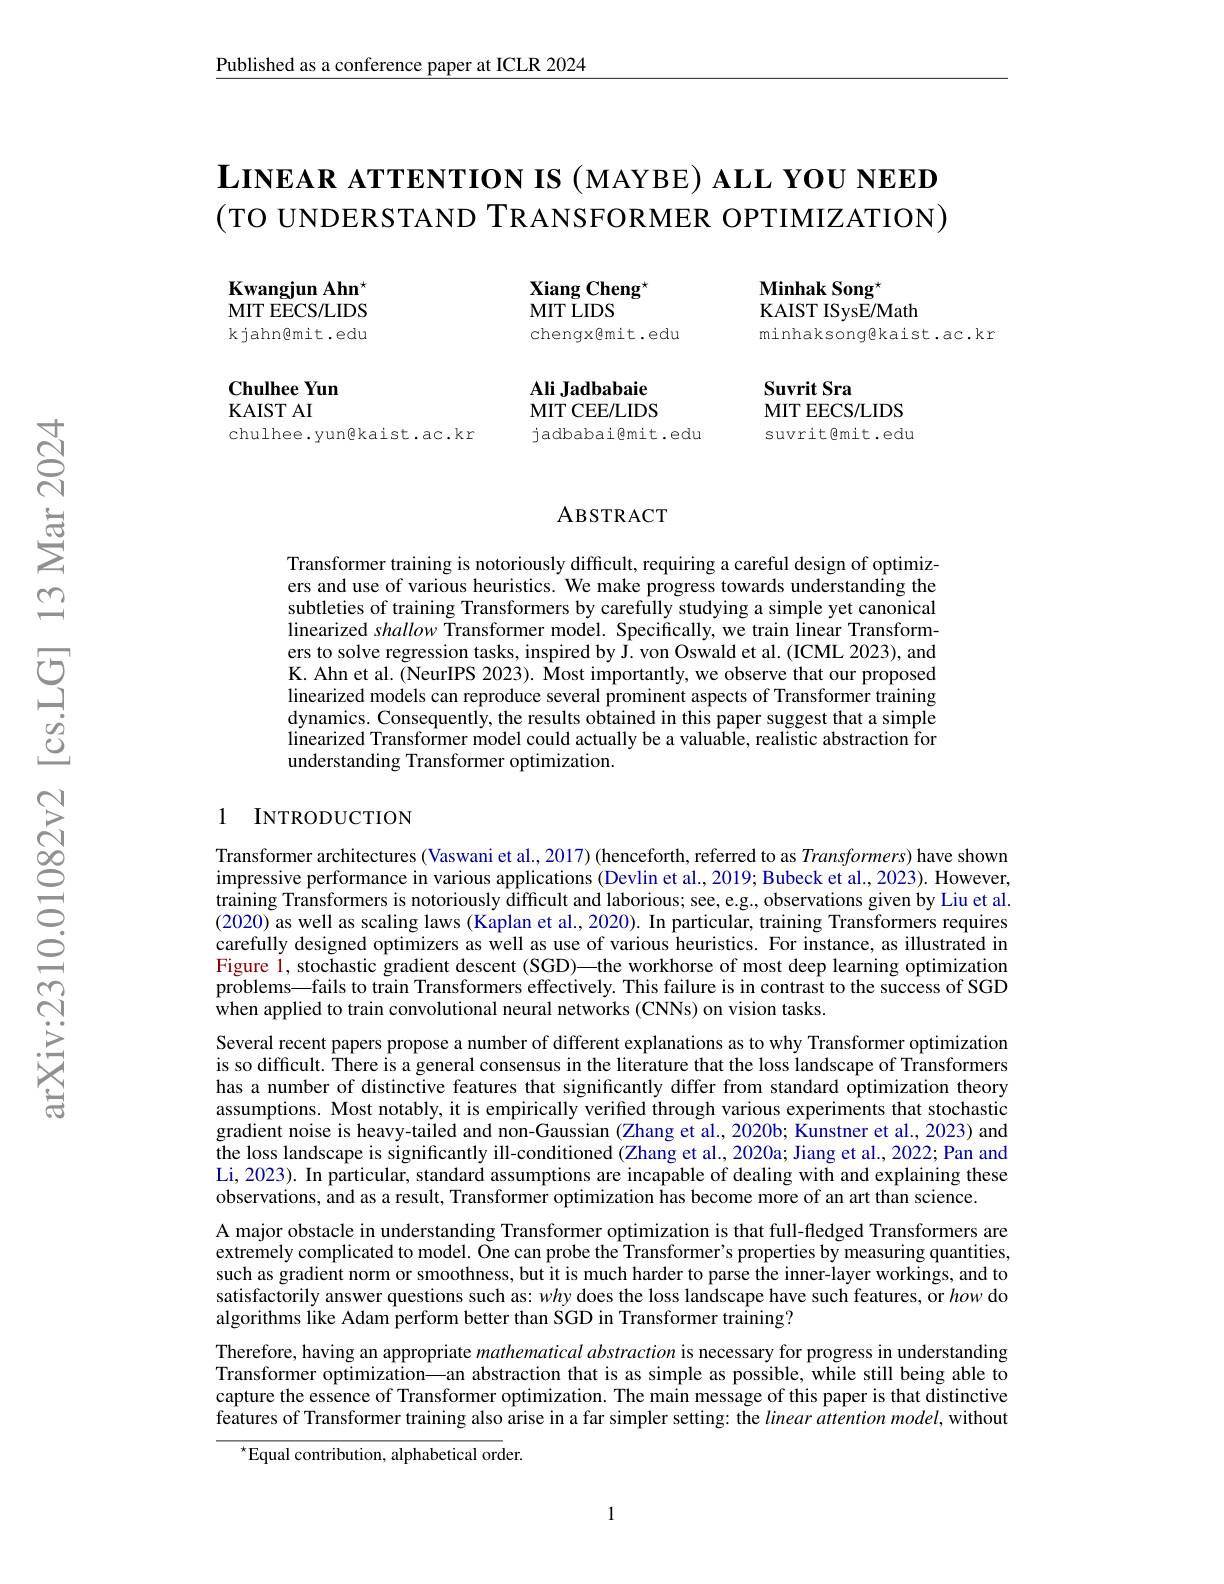
$\underline{\text{Published as a conference paper at ICLR 2024}}$

# $\textbf{LINEAR ATTENTION IS ( MAYBE) ALL YOU NEED}$ (TO UNDERSTAND TRANSFORMER OPTIMIZATION)

Xiang Cheng$^{\star}$

MIT LIDS

Kwangjun Ahn$^{\star}$ MITEECS/ LIDS kjahn@mit.edu

Minhak Song$^{\star}$
KAIST ISysE/Math
minhaksongekaist.ac.kr

chengx@mit.edu

Ali Jadbabaie

Suvrit Sra
MIT EECS/LIDS suvrit@mit.edu

MITCEE/ LIDS

Chulhee Yun
KAIST AI
chulhee.yun@kaist.ac.kr

jadbabaigmit.edu

### ABSTRACT

Transformer training is notoriously difficult, requiring a careful design of optimizers and use of various heuristics. We make progress towards understanding the subtleties of training Transformers by carefully studying a simple yet canonical linearized shallow Transformer model. Specifically, we train linear Transformers to solve regression tasks, inspired by J. von Oswald et al. (ICML 2023), and K. Ahn et al. (NeurIPS 2023). Most importantly, we observe that our proposed linearized models can reproduce several prominent aspects of Transformer training dynamics. Consequently, the results obtained in this paper suggest that a simple linearized Transformer model could actually be a valuable, realistic abstraction for understanding Transformer optimization.

### 1 INTRODUCTION

Transformer architectures (Vaswani et al., 2017) (henceforth, referred to as $Transformers)$ have shown impressive performance in various applications (Devlin et al., 2019; Bubeck et al., 2023). However, training Transformers is notoriously difficult and laborious; see, e.g., observations given by Liu et al. (2020) as well as scaling laws (Kaplan et al., 2020). In particular, training Transformers requires carefully designed optimizers as well as use of various heuristics. For instance, as illustrated in Figure 1, stochastic gradient descent (SGD)—the workhorse of most deep learning optimization problems—fails to train Transformers effectively. This failure is in contrast to the success of SGD when applied to train convolutional neural networks (CNNs) on vision tasks.
Several recent papers propose a number of different explanations as to why Transformer optimization is so difficult. There is a general consensus in the literature that the loss landscape of Transformers has a number of distinctive features that significantly differ from standard optimization theory assumptions. Most notably, it is empirically verified through various experiments that stochastic $\hat{\text{gradient noise is heavy-tailed and non-Gaussian }}(\tilde{\text{Zhang et al.,2020b; Kunstner et al., 2023) and}}$ the loss landscape is significantly ill-conditioned (Zhang et al.,2020a; Jiang et al., 2022; Pan and Li, 2023). In particular, standard assumptions are incapable of dealing with and explaining these observations, and as a result, Transformer optimization has become more of an art than science.
A major obstacle in understanding Transformer optimization is that full-fledged Transformers are extremely complicated to model. One can probe the Transformer's properties by measuring quantities, such as gradient norm or smoothness, but it is much harder to parse the inner-layer workings, and to satisfactorily answer questions such as: $wh$y does the loss landscape have such features, or how do algorithms like Adam perform better than SGD in Transformer training?
Therefore, having an appropriate mathematical abstraction is necessary for progress in understanding Transformer optimization—an abstraction that is as simple as possible, while still being able to capture the essence of Transformer optimization. The main message of this paper is that distinctive features of Transformer training also arise in a far simpler setting: the linear attention model, without
$^{\star}$Equal contribution, alphabetical order.

1